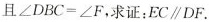
且$$\angle DBC=\angle F$$，求证：$$EC\parallel DF$$。